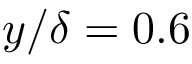
y / \delta = 0 . 6